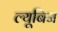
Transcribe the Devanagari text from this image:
ल्यूबिन